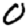
Digit: 0